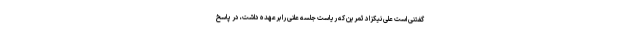
گفتنی است علی نیکزاد ثمرین که ریاست جلسه علنی را برعهده داشت، در پاسخ